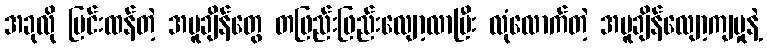
အခုလို ပြင်းထန်တဲ့ အပူချိန်တွေ တဖြည်းဖြည်းလျော့လာပြီး လုံလောက်တဲ့ အပူချိန်လျော့ကျမှုနဲ့